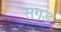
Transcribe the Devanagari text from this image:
सगड